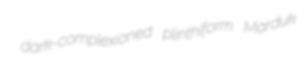
dark-complexioned plinthiform Marduk